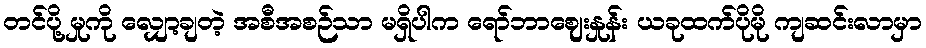
တင်ပို့ မှုကို လျှော့ချတဲ့ အစီအစဉ်သာ မရှိပါက ရော်ဘာဈေးနှုန်း ယခုထက်ပိုမို ကျဆင်းလာမှာ